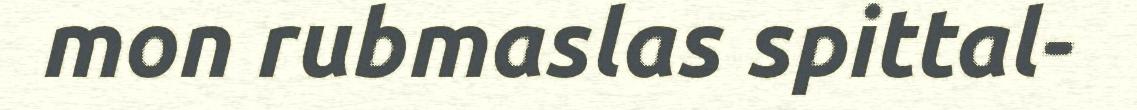
mon rubmaslas spittal-